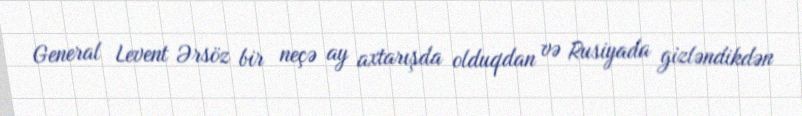
General Levent Ərsöz bir neçə ay axtarışda olduqdan və Rusiyada gizləndikdən